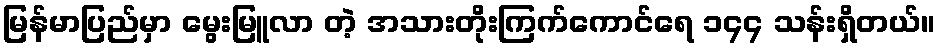
မြန်မာပြည်မှာ မွေးမြူလာ တဲ့ အသားတိုးကြက်ကောင်ရေ ၁၄၄ သန်းရှိတယ်။